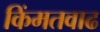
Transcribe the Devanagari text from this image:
किंमतवाढ